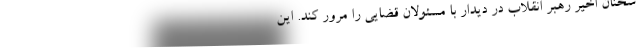
سخنان اخیر رهبر انقلاب در دیدار با مسئولان قضایی را مرور کند. این